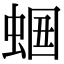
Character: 𧋡